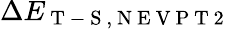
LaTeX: \Delta E_{\mathrm{~T~-~S~,~N~E~V~P~T~2~}}